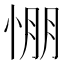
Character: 㥊